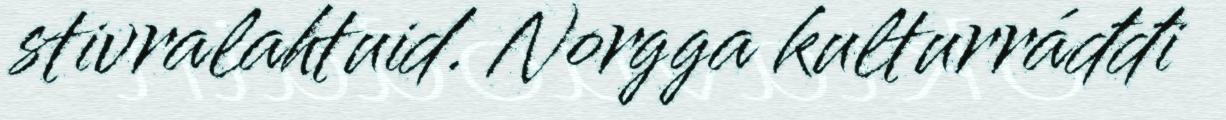
stivralahtuid. Norgga kulturráđđi